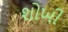
શોખી